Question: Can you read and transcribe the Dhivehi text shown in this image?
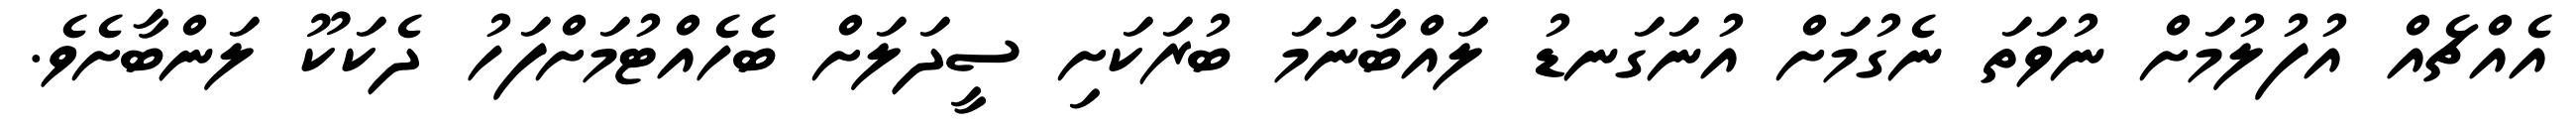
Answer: އެއްޗެއް އުފުލުމަށް ނުވަތަ ނެގުމަށް އުނަގަނޑު ލައްބާނަމަ ބުރަކަށި ސީދަލަށް ބެހެއްޓުމަށްފަހު ދެކަކޫ ލަންބާށެވެ.